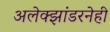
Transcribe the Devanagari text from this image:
अलेक्झांडरनेही